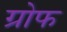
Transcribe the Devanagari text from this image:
ग्रोफ